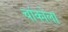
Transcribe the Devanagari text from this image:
चांकोला